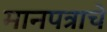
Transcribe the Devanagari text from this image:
मानपत्राचे